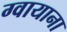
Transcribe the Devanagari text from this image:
ग्वायाना